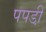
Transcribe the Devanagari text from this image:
पपडी़